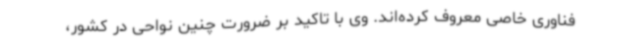
فناوری خاصی معروف کرده‌اند. وی با تاکید بر ضرورت چنین نواحی در کشور،